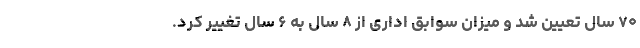
۷۰ سال تعیین شد و میزان سوابق اداری از ۸ سال به ۶ سال تغییر کرد.